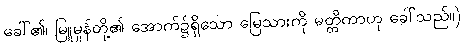
ခေါ်၏၊ မြူမှုန်တို့၏ အောက်၌ရှိသော မြေသားကို မတ္တိကာဟု ခေါ်သည်။)